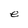
Character: e